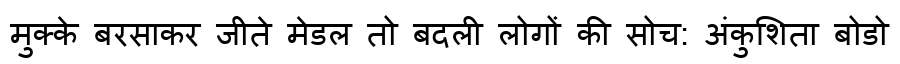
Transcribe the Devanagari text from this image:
मुक्के बरसाकर जीते मेडल तो बदली लोगों की सोच: अंकुशिता बोडो